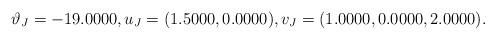
LaTeX: \begin{align*}\vartheta_J = -19.0000,u_J = (1.5000, 0.0000),v_J = (1.0000, 0.0000, 2.0000).\end{align*}